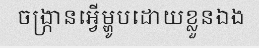
ចង្ក្រានអ្វើម្ហូបដោយខ្លួនឯង